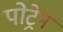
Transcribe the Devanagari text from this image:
पोट्रेन